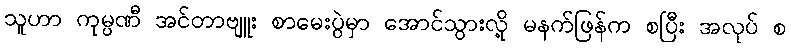
သူဟာ ကုမ္ပဏီ အင်တာဗျူး စာမေးပွဲမှာ အောင်သွားလို့ မနက်ဖြန်က စပြီး အလုပ် စ